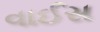
વાઈસ